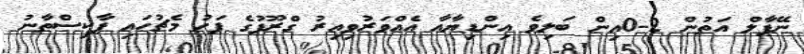
ނޭޕާލް އަތުން 2-0އިން ބަލިވެ އިންޑިޔާއާ އެއްވަރުވިއިރު ގްރޫޕުގެ ފަހު މެޗުހައި ޕާކިސްތާނު